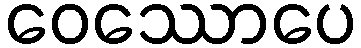
ဝေဿောပေ